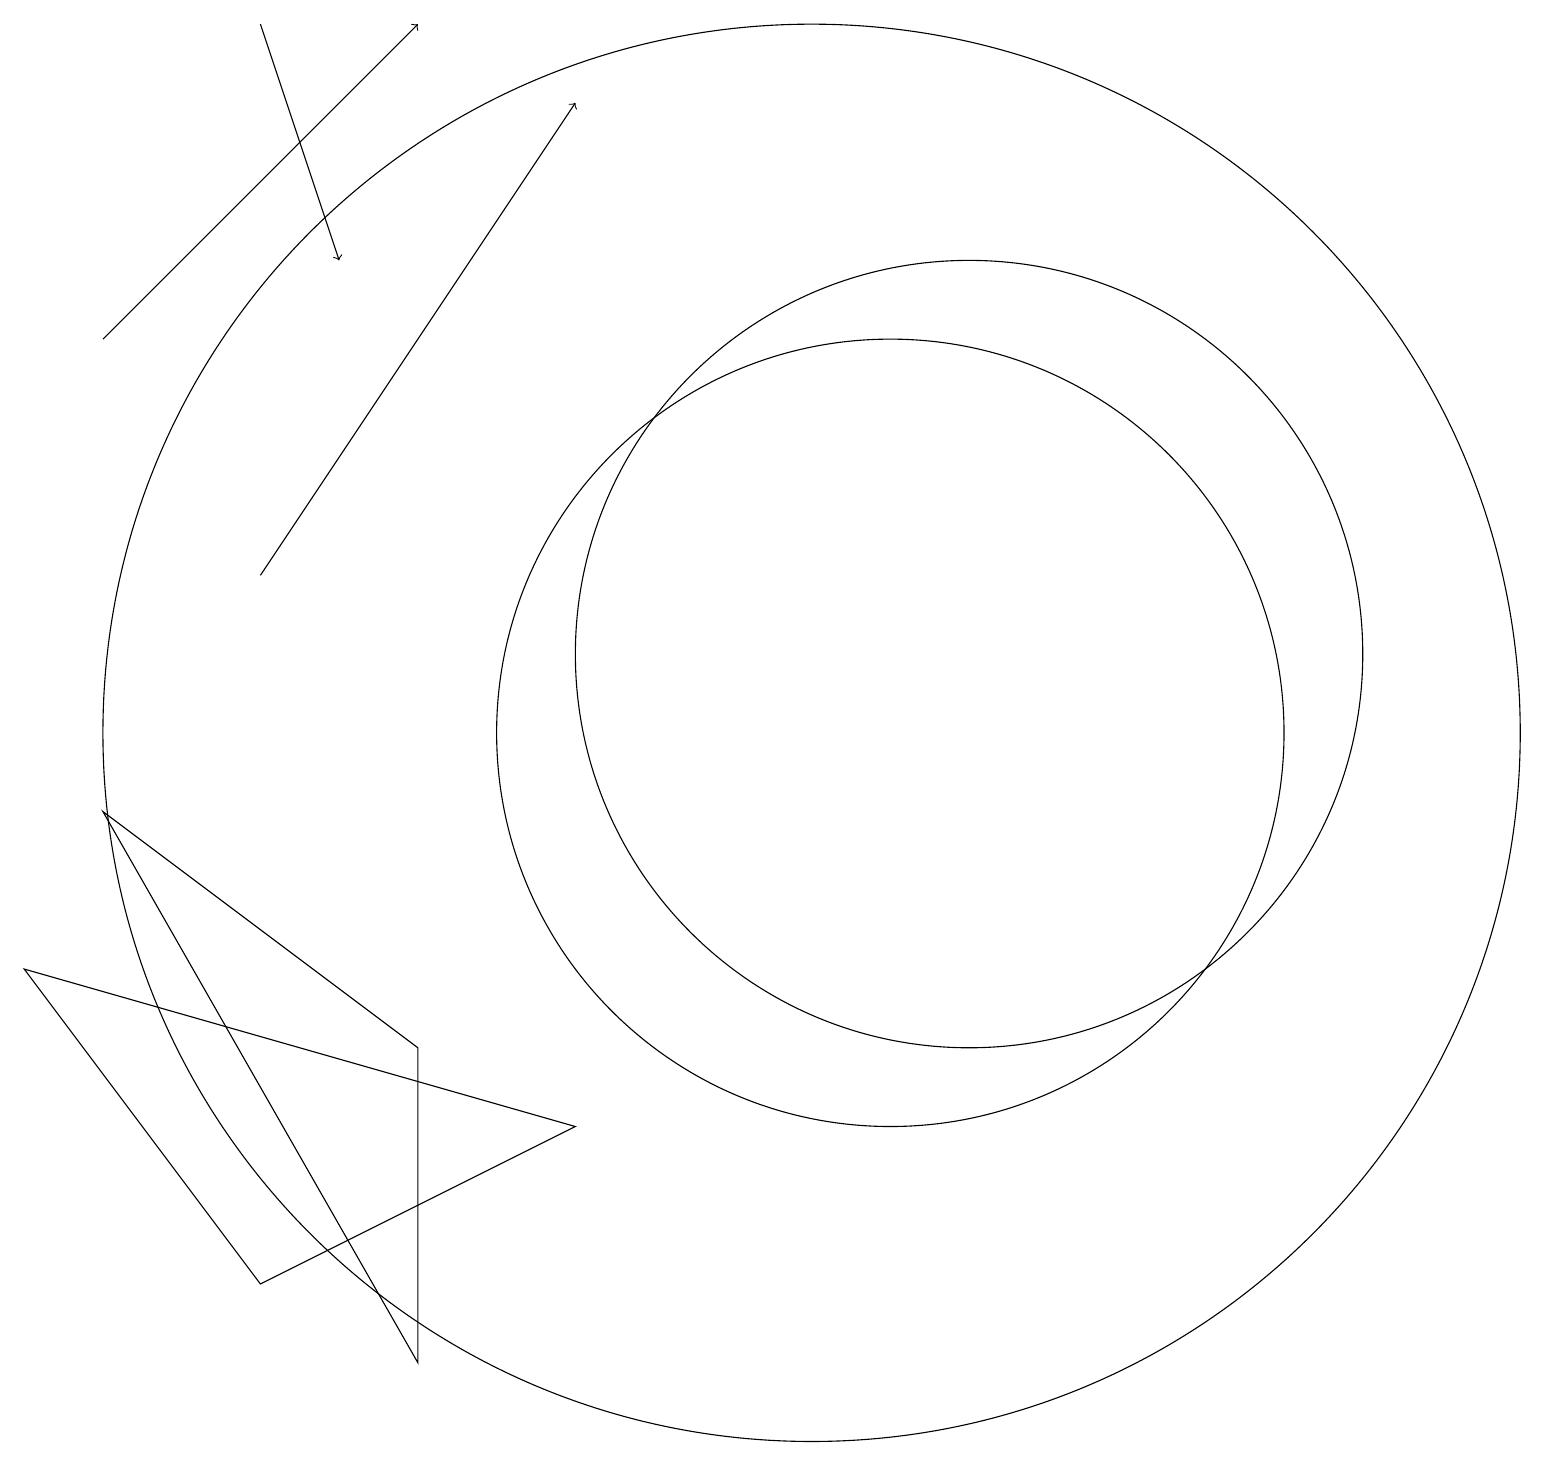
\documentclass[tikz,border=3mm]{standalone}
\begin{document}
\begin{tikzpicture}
\draw (5,2) -- (5,6) -- (1,9) -- cycle;
\draw[->] (3,12) -- (7,18);
\draw (12,11) circle (5);
\draw (7,5) -- (0,7) -- (3,3) -- cycle;
\draw (10,10) circle (9);
\draw[->] (3,19) -- (4,16);
\draw[->] (1,15) -- (5,19);
\draw (11,10) circle (5);
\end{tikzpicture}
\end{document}